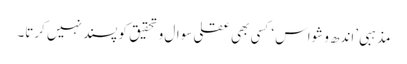
مذہبی ’اندھ وشواس ‘کسی بھی عقلی سوال و تحقیق کو پسند نہیں کرتا۔